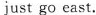
justgo cast.